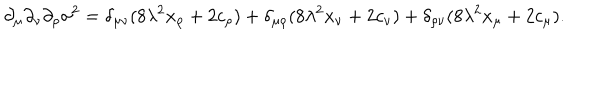
LaTeX: \partial _ { \mu } \partial _ { \nu } \partial _ { \rho } \sigma ^ { 2 } = \delta _ { \mu \nu } ( 8 \lambda ^ { 2 } x _ { \rho } + 2 c _ { \rho } ) + \delta _ { \mu \rho } ( 8 \lambda ^ { 2 } x _ { \nu } + 2 c _ { \nu } ) + \delta _ { \rho \nu } ( 8 \lambda ^ { 2 } x _ { \mu } + 2 c _ { \mu } ) .